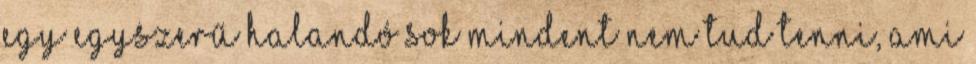
egy egyszerű halandó sok mindent nem tud tenni, ami